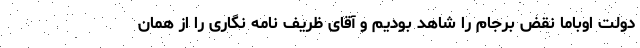
دولت اوباما نقض برجام را شاهد بودیم و آقای ظریف نامه نگاری را از همان